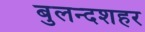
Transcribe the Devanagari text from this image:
बुलन्‍दशहर